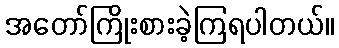
အတော်ကြိုးစားခဲ့ကြရပါတယ်။